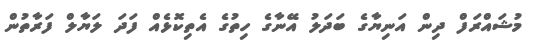
މުޝައްރަފް ދިން އަނިޔާގެ ބަދަލު އޭނާގެ ހިތުގެ އެތިކޮޅެއް ފަދަ ލަޔާލް ފަރާތުން